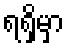
ရရှိမှာ